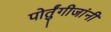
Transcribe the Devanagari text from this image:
पोर्तुंगीजांनी